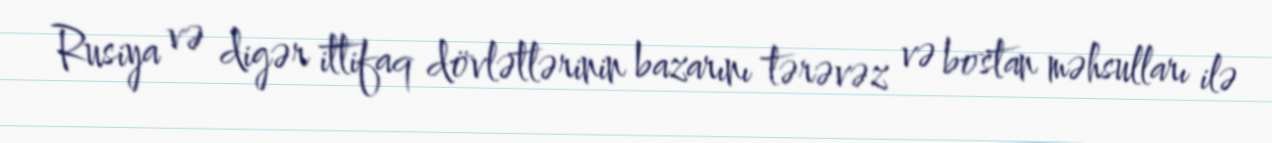
Rusiya və digər ittifaq dövlətlərinin bazarını tərəvəz və bostan məhsulları ilə